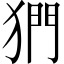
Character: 𪺿